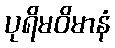
ပုရိမဝိမာနံ